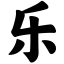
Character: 乐